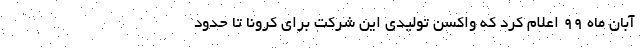
آبان ماه ۹۹ اعلام کرد که واکسن تولیدی این شرکت برای کرونا تا حدود